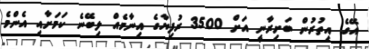
އޭގެ އިތުރުން ބަށިރާނީ އަށް 3500 ރުފިޔާގެ އިނާމެއް ލިބޭނެ ކަމަށާއި އެންމެ